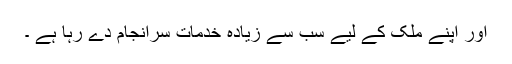
اور اپنے ملک کے لیے سب سے زیادہ خدمات سرانجام دے رہا ہے ۔